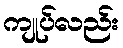
ကျုပ်လည်း